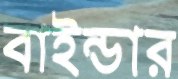
বাইন্ডার